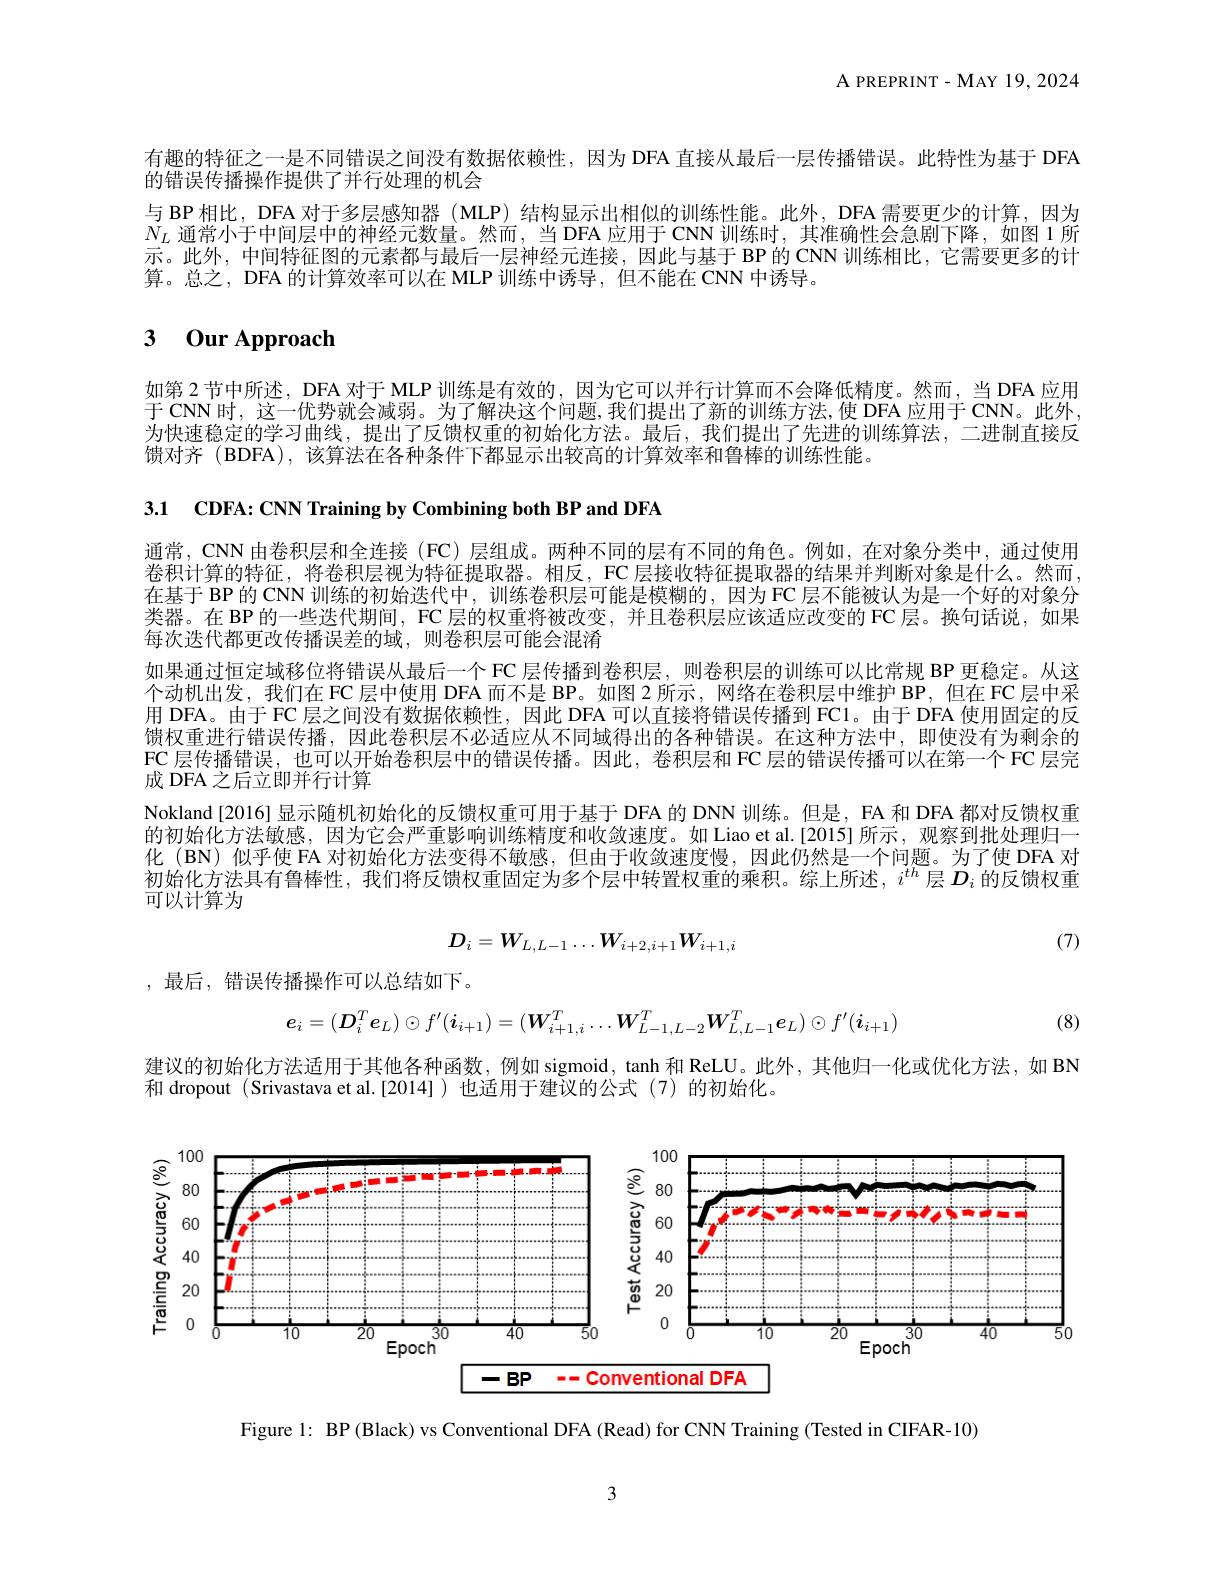
${\mathrm{A~PREPRINT-MAY~19,2024}}$

有趣的特征之一是不同错误之间没有数据依赖性，因为 DFA 直接从最后一层传播错误。此特性为基于 DFA
的错误传播操作提供了并行处理的机会
与 BP 相比，DFA 对于多层感知器 ( MLP) 结构显示出相似的训练性能。此外，DFA 需要更少的计算，因为$N_L$通常小于中间层中的神经元数量。然而，当 DFA 应用于 CNN 训练时，其准确性会急剧下降，如图 1 所示。此外，中间特征图的元素都与最后一层神经元连接，因此与基于 BP 的 CNN 训练相比，它需要更多的计算。总之，DFA 的计算效率可以在 MLP 训练中诱导，但不能在 CNN 中诱导。

# 3 Our Approach

如第 2 节中所述，DFA 对于 MLP 训练是有效的，因为它可以并行计算而不会降低精度。然而，当 DFA 应用于 CNN 时，这一优势就会减弱。为了解决这个问题，我们提出了新的训练方法，使 DFA 应用于 CNN。此外为快速稳定的学习曲线，提出了反馈权重的初始化方法。最后，我们提出了先进的训练算法，二进制直接反馈对齐 (BDFA), 该算法在各种条件下都显示出较高的计算效率和鲁棒的训练性能。

3.1 CDFA: CNN Training by Combining both BP and DFA

通常，CNN 由卷积层和全连接(FC)层组成。两种不同的层有不同的角色。例如，在对象分类中，通过使用卷积计算的特征，将卷积层视为特征提取器。相反，FC 层接收特征提取器的结果并判断对象是什么。然而， 在基于 BP 的 CNN 训练的初始迭代中，训练卷积层可能是模糊的，因为 FC 层不能被认为是一个好的对象分类器。在 BP 的一些迭代期间，FC 层的权重将被改变，并且卷积层应该适应改变的 FC 层。换句话说，如果每次迭代都更改传播误差的域，则卷积层可能会混淆
如果通过恒定域移位将错误从最后一个 FC 层传播到卷积层，则卷积层的训练可以比常规 BP 更稳定。从这个动机出发，我们在 FC 层中使用 DFA 而不是 BP。如图 2 所示，网络在卷积层中维护 BP,但在 FC 层中采用 DFA。由于 FC 层之间没有数据依赖性，因此 DFA 可以直接将错误传播到 FC1。由于 DFA 使用固定的反馈权重进行错误传播，因此卷积层不必适应从不同域得出的各种错误。在这种方法中，即使没有为剩余的FC 层传播错误，也可以开始卷积层中的错误传播。因此，卷积层和 FC 层的错误传播可以在第一个 FC 层完成 DFA 之后立即并行计算
Nokland[2016]显示随机初始化的反馈权重可用于基于 DFA 的 DNN 训练。但是，FA 和 DFA 都对反馈权重的初始化方法敏感，因为它会严重影响训练精度和收敛速度。如 Liao et al.[2015] 所示，观察到批处理归一化 (BN) 似乎使 FA 对初始化方法变得不敏感，但由于收敛速度慢，因此仍然是一个问题。为了使 DFA 对初始化方法具有鲁棒性，我们将反馈权重固定为多个层中转置权重的乘积。综上所述，$i^{th}$层$\boldsymbol{D}_i$的反馈权重可以计算为
$$D_i=W_{L,L-1}\ldots W_{i+2,i+1}W_{i+1,i}$$
(7)

, 最后，错误传播操作可以总结如下。

(8)
$$e_i=(\boldsymbol{D}_i^T\boldsymbol{e}_L)\odot f^{\prime}(\boldsymbol{i}_{i+1})=(\boldsymbol{W}_{i+1,i}^T\ldots\boldsymbol{W}_{L-1,L-2}^T\boldsymbol{W}_{L,L-1}^T\boldsymbol{e}_L)\odot f^{\prime}(\boldsymbol{i}_{i+1})$$
建议的初始化方法适用于其他各种函数，例如 sigmoid, tanh 和 ReLU。此外，其他归一化或优化方法，如 BN
和 dropout (Srivastava et al.[2014])也适用于建议的公式(7)的初始化。

<FigureHere>

Figure 1: BP (Black) vs Conventional DFA (Read) for CNN Training (Tested in CIFAR-10)

3